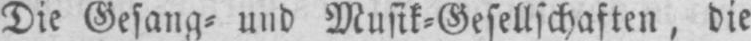
Die Gesang⸗ und Musik⸗Gesellschaften, die